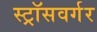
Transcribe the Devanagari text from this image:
स्ट्रॉसवर्गर